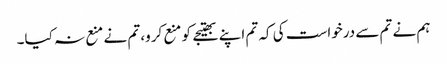
ہم نے تم سے درخواست کی کہ تم اپنے بھتیجے کو منع کرو، تم نے منع نہ کیا۔